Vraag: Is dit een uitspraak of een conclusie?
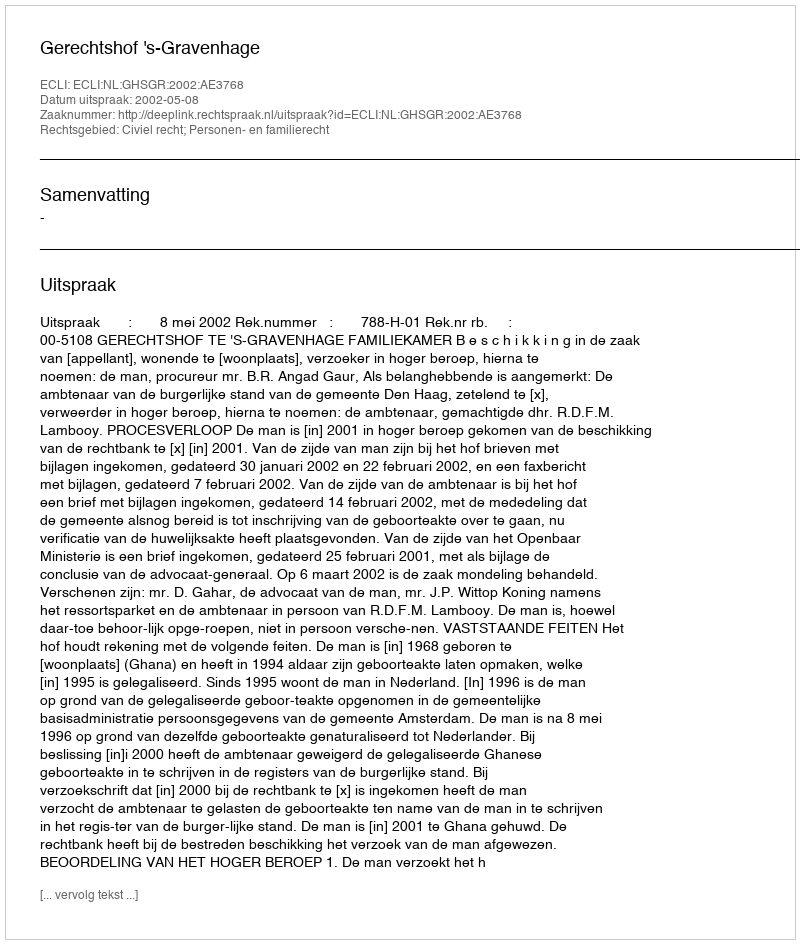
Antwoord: Uitspraak